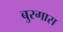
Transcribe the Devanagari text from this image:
बुरगास